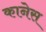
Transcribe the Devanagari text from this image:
कानेस